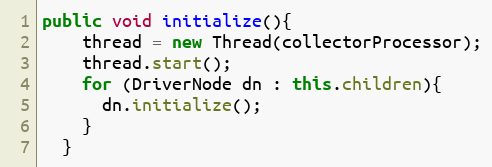
Language: Java
public void initialize(){
    thread = new Thread(collectorProcessor);
    thread.start();
    for (DriverNode dn : this.children){
      dn.initialize();
    }
  }